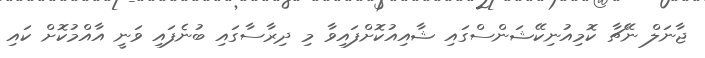
ޖާނަލް ނޭޗާ ކޮމިއުނިކޭޝަންސްގައި ޝާއިއުކޮށްފައިވާ މި ދިރާސާގައި ބުނެފައި ވަނީ އާއްމުކޮށް ކައި